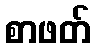
စာဖတ်